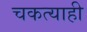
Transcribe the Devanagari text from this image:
चकत्याही